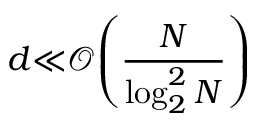
d { \ll } \mathcal { O } { \left( \frac { N } { \log _ { 2 } ^ { 2 } N } \right) }